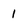
Character: 1